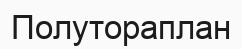
Полутораплан